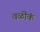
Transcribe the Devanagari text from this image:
वळींकं